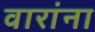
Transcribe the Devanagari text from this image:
वारांना